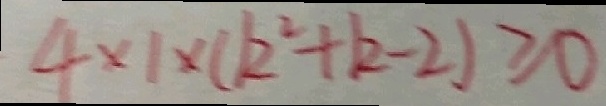
4 \times 1 \times ( k ^ { 2 } + k - 2 ) \geq 0